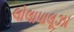
લોલાપાલૂઝા